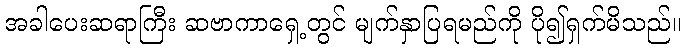
အခါပေးဆရာကြီး ဆဗာကာရှေ့တွင် မျက်နှာပြရမည်ကို ပို၍ရှက်မိသည်။